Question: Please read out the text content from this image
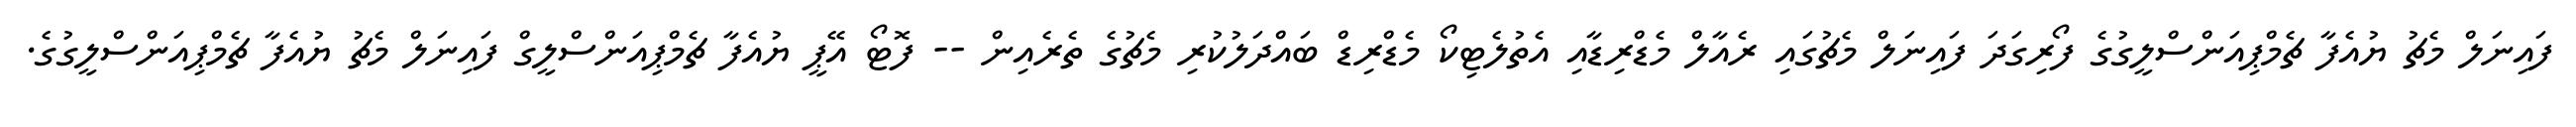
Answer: ފައިނަލް މެޗު ޔުއެފާ ޗެމްޕިއަންސްލީގުގެ ފޯރިގަދަ ފައިނަލް މެޗުގައި ރެއާލް މެޑްރިޑާއި އެތުލެޓިކޯ މެޑްރިޑް ބައްދަލުކުރި މެޗުގެ ތެރެއިން -- ފޮޓޯ އޭޕީ ޔުއެފާ ޗެމްޕިއަންސްލީގް ފައިނަލް މެޗު ޔުއެފާ ޗެމްޕިއަންސްލީގުގެ.